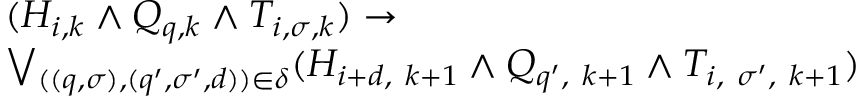
\begin{array} { l } { ( H _ { i , k } \land Q _ { q , k } \land T _ { i , \sigma , k } ) \to } \\ { \bigvee _ { ( ( q , \sigma ) , ( q ^ { \prime } , \sigma ^ { \prime } , d ) ) \in \delta } ( H _ { i + d , \ k + 1 } \land Q _ { q ^ { \prime } , \ k + 1 } \land T _ { i , \ \sigma ^ { \prime } , \ k + 1 } ) } \end{array}